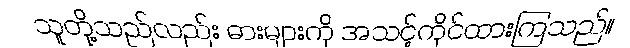
သူတို့သည်လည်း ဓားများကို အသင့်ကိုင်ထားကြသည်။